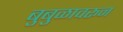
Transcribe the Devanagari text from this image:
बुबुळावरून